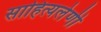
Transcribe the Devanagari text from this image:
साहित्यलेणी